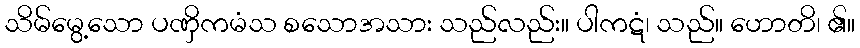
သိမ်မွေ့သော ပဏှိကမံသ စသောအသား သည်လည်း။ ပါကဋံ၊ သည်။ ဟောတိ၊ ၏။